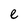
Character: e